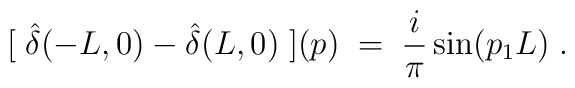
[ \; \hat{\delta}(-L,0) - \hat{\delta}(L,0) \; ] (p) \; = \; \frac{i}{\pi} \sin(p_1 L) \; .